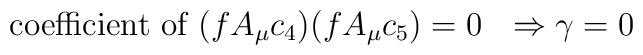
\mbox{coefficient of } (fA_\mu c_4)(fA_\mu c_5) = 0 \ \ \Rightarrow \gamma =0